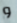
و